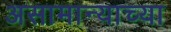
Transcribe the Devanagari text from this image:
असामान्याच्या